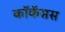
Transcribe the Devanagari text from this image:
कॉकॅसस